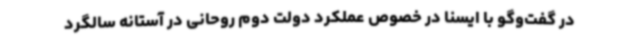
در گفت‌وگو با ایسنا در خصوص عملکرد دولت دوم روحانی در آستانه سالگرد